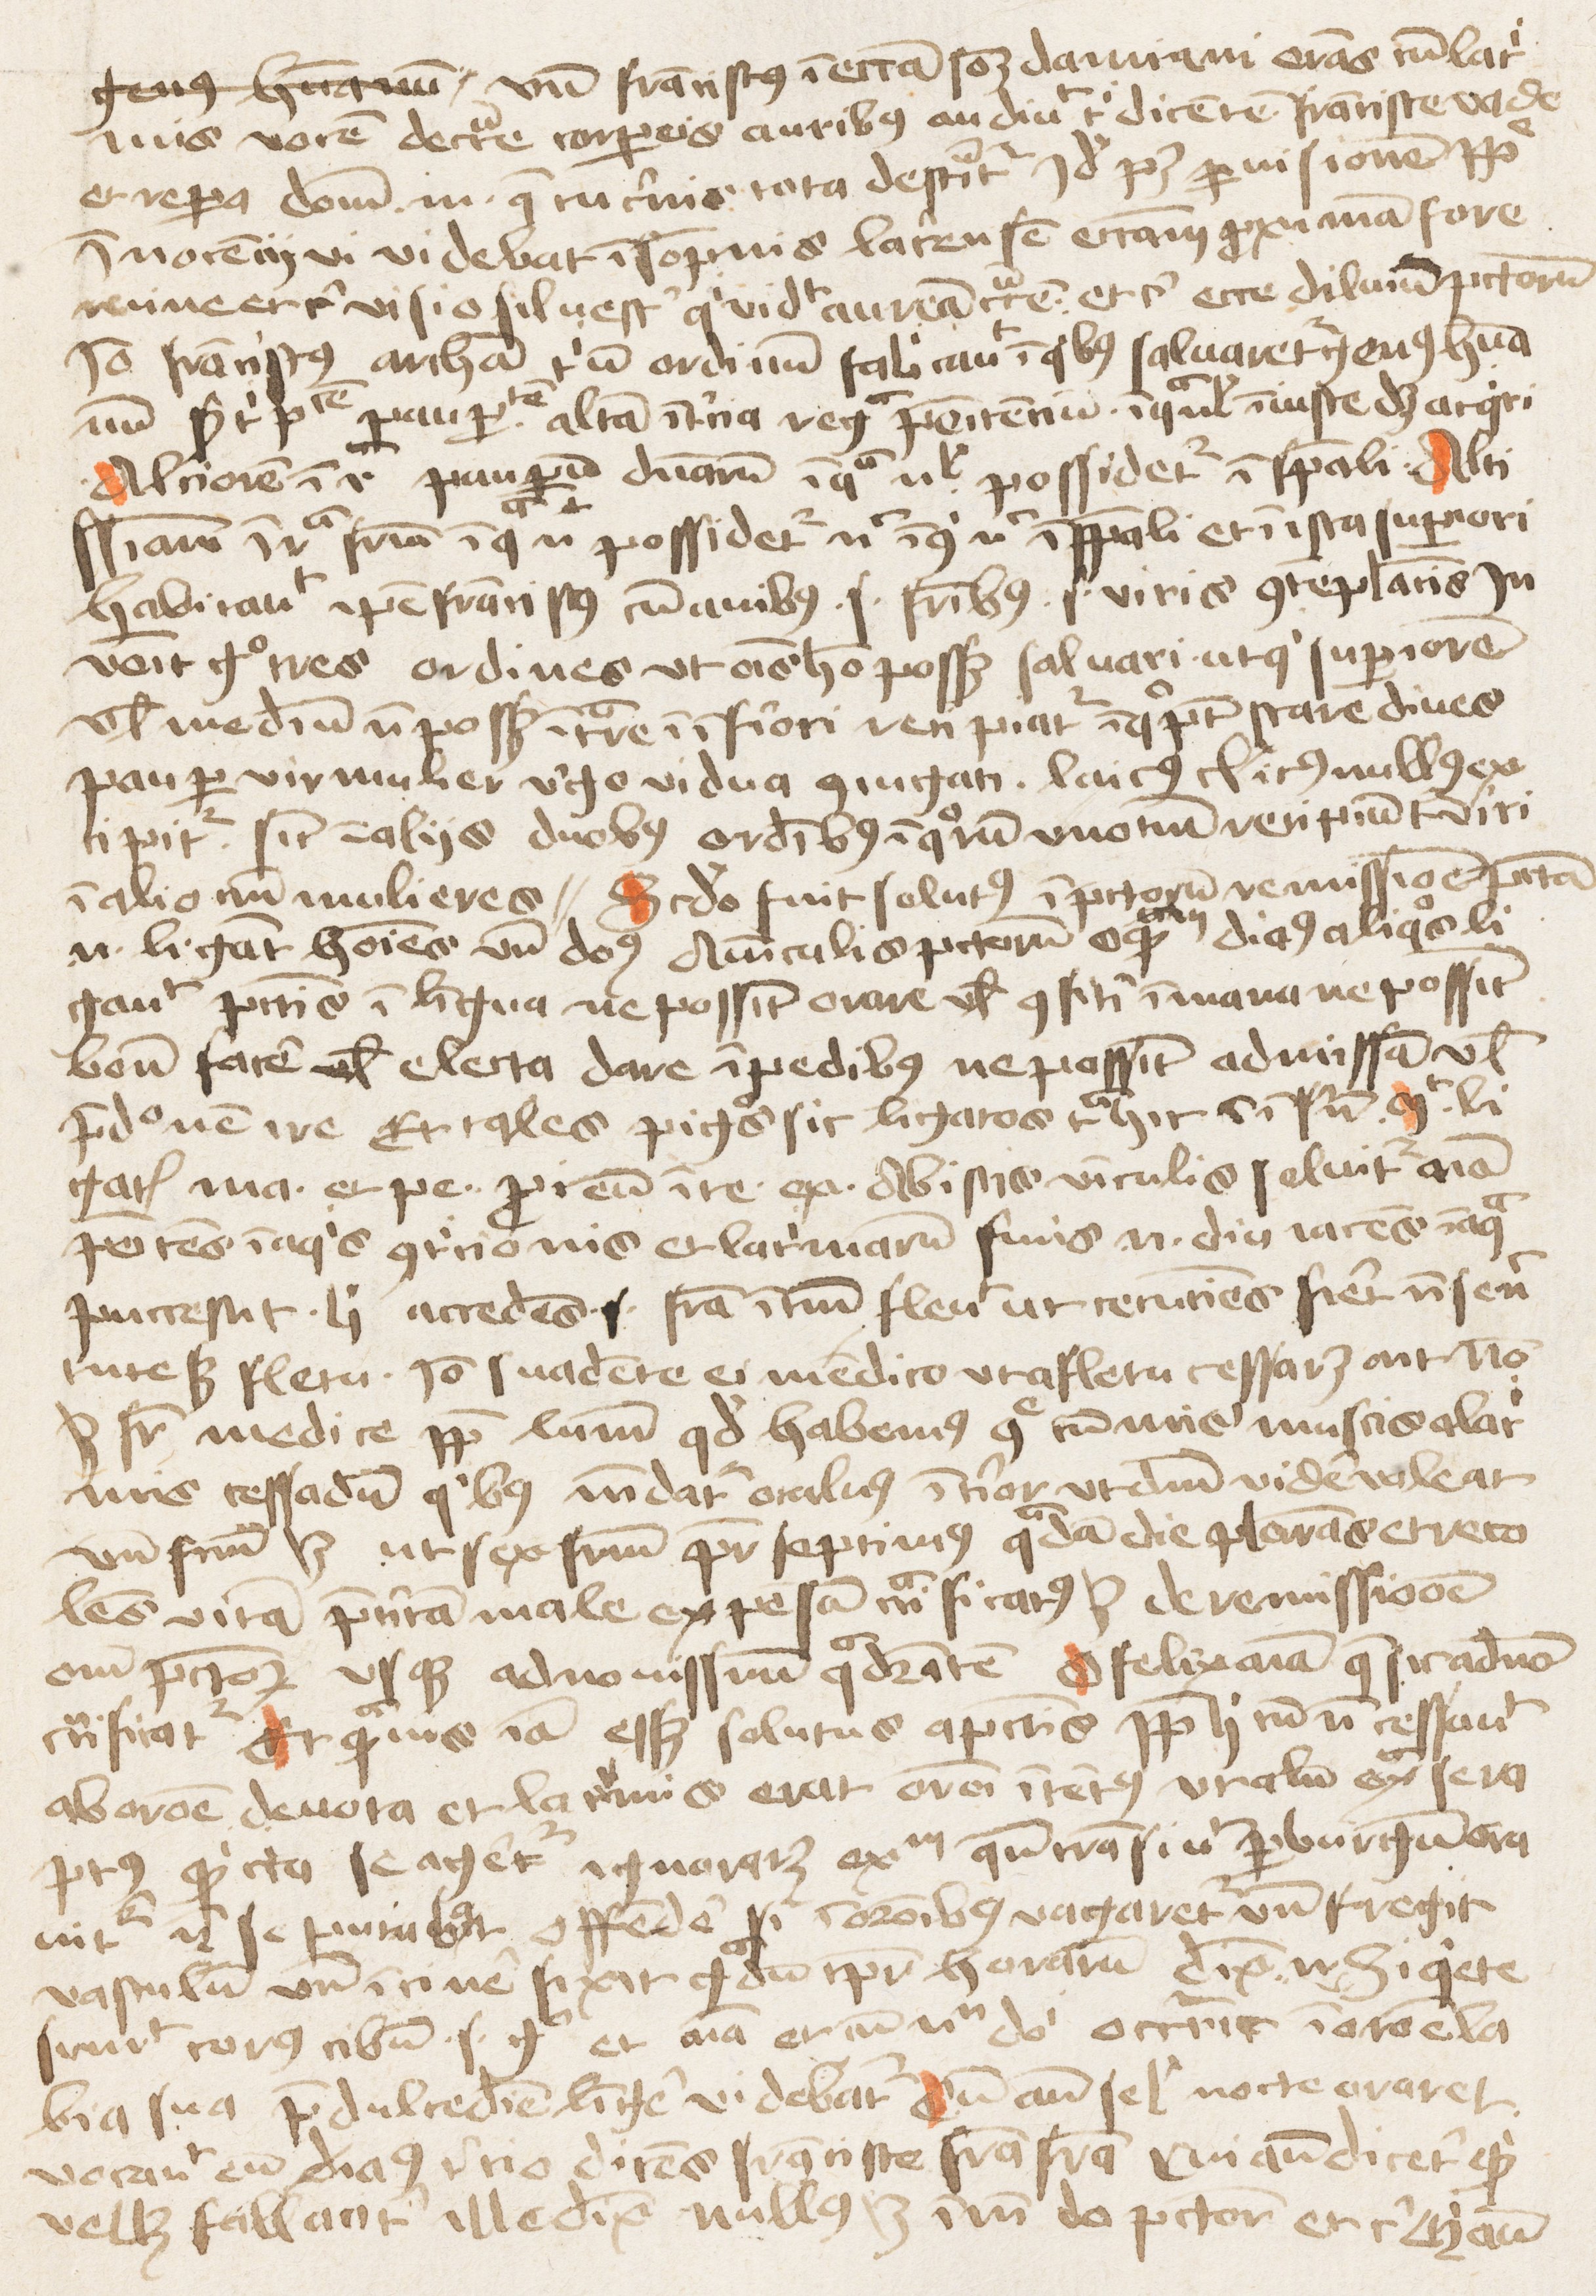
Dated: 1453–1454